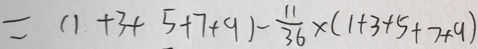
= ( 1 + 3 + 5 + 7 + 9 ) - \frac { 1 1 } { 3 6 } \times ( 1 + 3 + 5 + 7 + 9 )